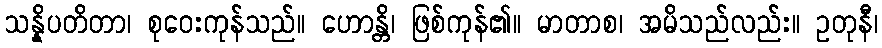
သန္နိပတိတာ၊ စုဝေးကုန်သည်။ ဟောန္တိ၊ ဖြစ်ကုန်၏။ မာတာစ၊ အမိသည်လည်း။ ဥတုနီ၊